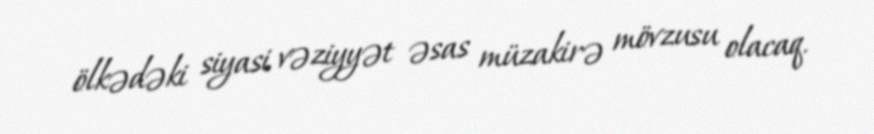
ölkədəki siyasi vəziyyət əsas müzakirə mövzusu olacaq.